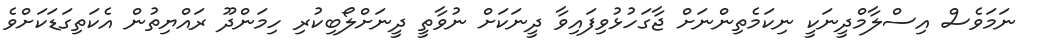
ނަމަވެސް އިސްލާމްދީނަކީ ނިކަމެތިންނަށް ޖާގަހުޅުވިފައިވާ ދީނަކަށް ނުވާތީ ދީނަށްލޯބިކުރި ހިމަންދޫ ރައްޔިތުން އެކަތިގަޑަކަށްވެ